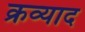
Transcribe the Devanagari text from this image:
क्रव्याद